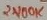
Text: 2X100K